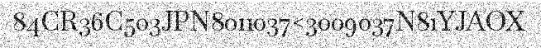
84CR36C503JPN8011037<3009037N81YJAOX